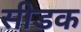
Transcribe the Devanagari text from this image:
सीडक